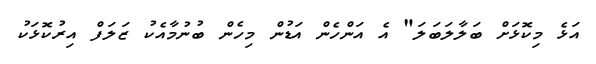
އަޅެ މިކޮޅަށް ބަލާލަބަލަ" އެ އަންހެން އަޑުން މިހެން ބުނުމާއެކު ޒަލަފް އިރުކޮޅަކު